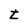
Character: t